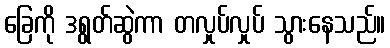
ခြေကို ဒရွတ်ဆွဲကာ တလှုပ်လှုပ် သွားနေသည်။